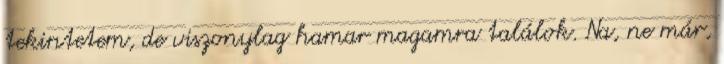
tekintetem, de viszonylag hamar magamra találok. Na, ne már,